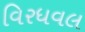
વિરધવલ